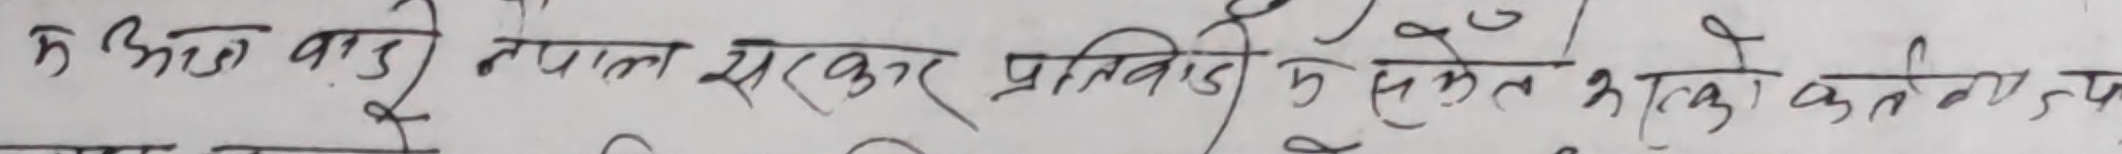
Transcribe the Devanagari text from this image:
क अघि वाडी नेपाल सरकार प्रतिनिधि मण्डल समेत रहेको कतिपय